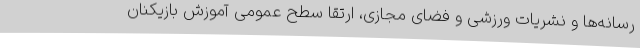
رسانه‌ها و نشریات ورزشی و فضای مجازی، ارتقا سطح عمومی آموزش بازیکنان